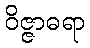
ဝိဇ္ဇာဓရာ